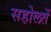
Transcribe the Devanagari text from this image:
सहोलतें